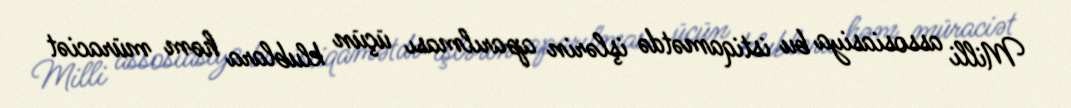
Milli assosiasiya bu istiqamətdə işlərin aparılması üçün klublara həm müraciət